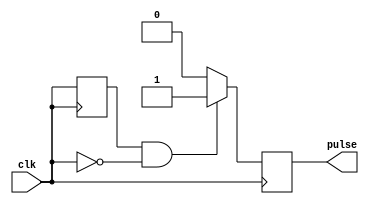
module falling_edge_pulse_generator(
    input wire clk,
    output reg pulse
);

reg prev_clk;

always @(posedge clk) begin
    if(prev_clk && !clk) begin
        pulse <= 1'b1; // Generate pulse on falling edge
    end else begin
        pulse <= 1'b0;
    end
    prev_clk <= clk;
end

endmodule